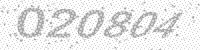
Solution: 020804